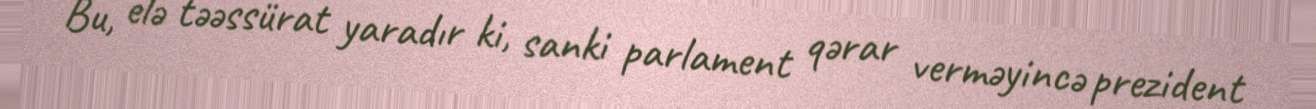
Bu, elə təəssürat yaradır ki, sanki parlament qərar verməyincə prezident